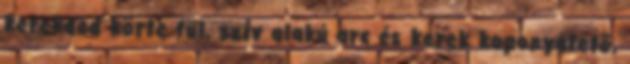
kerekded körte fül, szív alakú arc és kerek koponyatető,